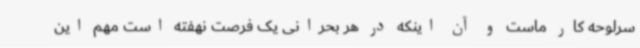
سرلوحه کار ماست و آن اینکه در هر بحرانی یک فرصت نهفته است مهم این